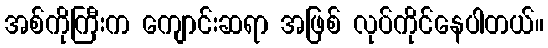
အစ်ကိုကြီးက ကျောင်းဆရာ အဖြစ် လုပ်ကိုင်နေပါတယ်။